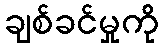
ချစ်ခင်မှုကို